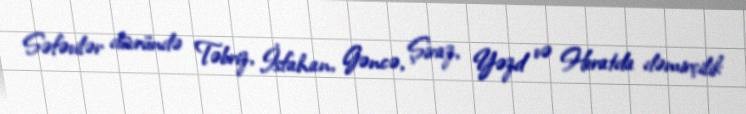
Səfəvilər dövründə Təbriz, İsfahan, Gəncə, Şiraz, Yəzd və Heratda dəmirçilik